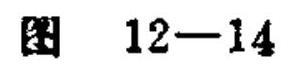
图 12—14